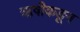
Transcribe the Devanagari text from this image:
ऋषीकडून